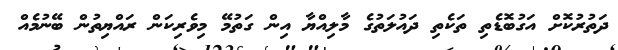
ދަތުރުކޮށް އަގުބޮޑެތި ތަކެތި ދައުލަތުގެ މާލިއްޔާ އިން ގަތުމޭ މިވެރިކަން ރައްޔިތުން ބޭނުމެއް